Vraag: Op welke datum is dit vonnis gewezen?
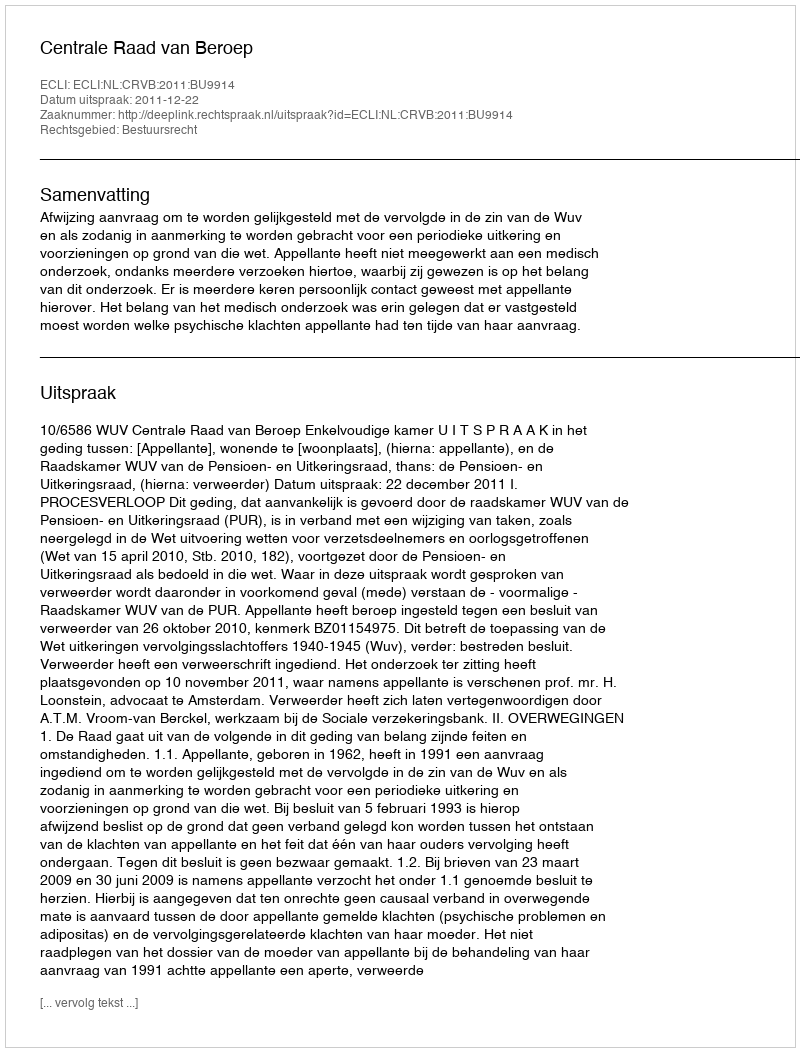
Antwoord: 2011-12-22